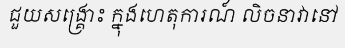
ជួយសង្គ្រោះ ក្នុងហេតុការណ៍ លិចនាវានៅ